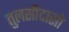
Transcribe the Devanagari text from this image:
तुलसीदासो